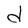
Character: d